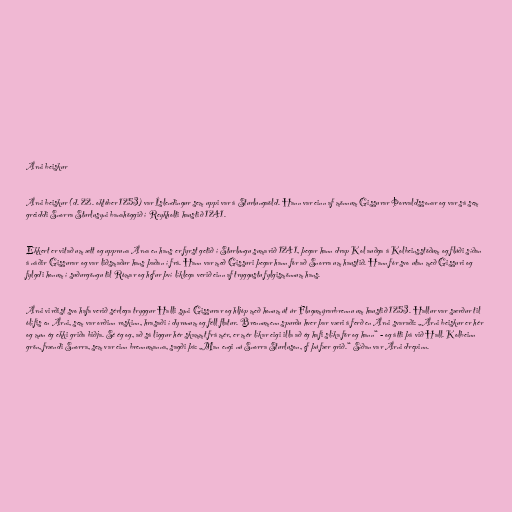
Árni beiskur

Árni beiskur (d. 22. október 1253) var Íslendingur sem uppi var á Sturlungaöld. Hann var einn af mönnum Gissurar Þorvaldssonar og var sá sem
greiddi Snorra Sturlusyni banahöggið í Reykholti haustið 1241.

Ekkert er vitað um ætt og uppruna Árna en hans er fyrst getið í Sturlungu sumarið 1241, þegar hann drap Kol auðga á Kolbeinsstöðum og flúði síðan
á náðir Gissurar og var liðsmaður hans þaðan í frá. Hann var með Gissuri þegar hann fór að Snorra um haustið. Hann fór svo utan með Gissuri og
fylgdi honum í suðurgöngu til Rómar og hefur því líklega verið einn af tryggustu fylgismönnum hans.

Árni virðist svo hafa verið sérlega tryggur Halli syni Gissurar og hljóp með honum út úr Flugumýrarbrennu um haustið 1253. Hallur var særður til
ólífis en Árni, sem var orðinn roskinn, hrasaði í dyrunum og féll flatur. Brennumenn spurðu hver þar væri á ferð en Árni svaraði: „Árni beiskur er hér
og mun ég ekki griða biðja. Sé ég og, að sá liggur hér skammt frá mér, er mér líkar eigi illa að ég hafi slíka för og hann“ - og átti þá við Hall. Kolbeinn
grön, frændi Snorra, sem var einn brennumanna, sagði þá: „Man engi nú Snorra Sturluson, ef þú fær grið.“ Síðan var Árni drepinn.